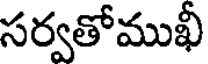
సర్వతోముఖీ